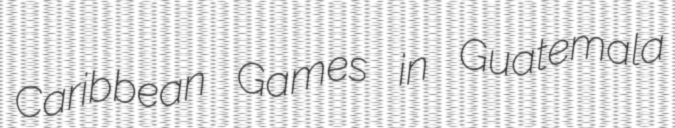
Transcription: Caribbean Games in Guatemala